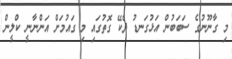
މި ގާނޫނުގެ ސަބަބުން އަޅުގަނޑު ދެކޭ ގޮތުގައި މި ގައުމަށް އަންނާނީ ކްލީން